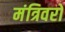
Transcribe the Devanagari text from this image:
मंत्रिवरो